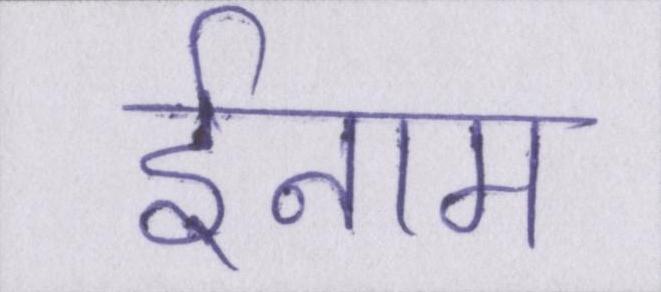
ईनाम